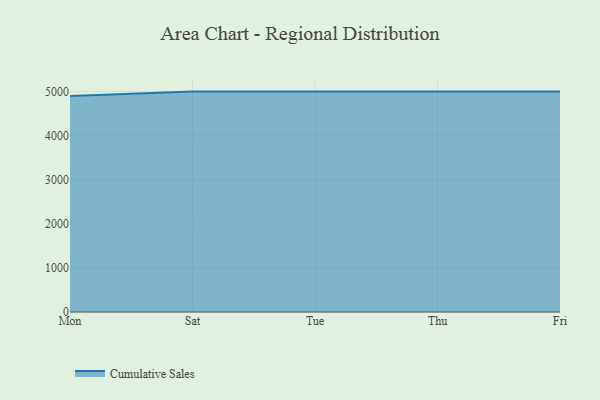
{"axis": {"x": "Day", "y": "Budget (USD K)"}, "legend": ["Cumulative Sales"], "data": [{"x": "Mon", "y": 4899.0, "type": "Cumulative Sales"}, {"x": "Sat", "y": 5000, "type": "Cumulative Sales"}, {"x": "Tue", "y": 5000, "type": "Cumulative Sales"}, {"x": "Thu", "y": 5000, "type": "Cumulative Sales"}, {"x": "Fri", "y": 5000, "type": "Cumulative Sales"}]}